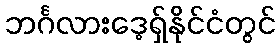
ဘင်္ဂလားဒေ့ရှ်နိုင်ငံတွင်